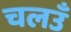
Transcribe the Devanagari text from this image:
चलउँ